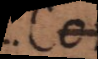
. Co